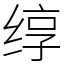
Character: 𬘯